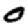
Digit: 0